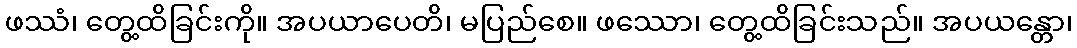
ဖဿံ၊ တွေ့ထိခြင်းကို။ အပယာပေတိ၊ မပြည်စေ။ ဖဿော၊ တွေ့ထိခြင်းသည်။ အပယန္တော၊